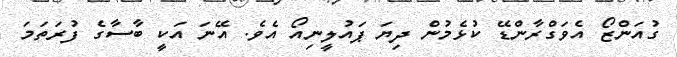
ގުއަންޒޯ އެވަގްރާންޑޭ ކުޅެމުން ދިޔަ ޕައުލީނިއޯ އެވެ. އޭނަ އަކީ ބާސާގެ ފުރަތަމަ